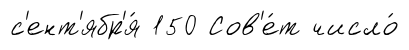
с'ент'ябр'я́ 150 Сов'е́т число́